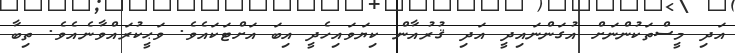
އަދި މީސްތަކުންނަށް އުގަންނައިދީ އަދި ޤުރުއާން ކިޔަވައިހެދީ އިބަ އަށްޓަކައެވެ. ވަޙީކުރައްވާނެއެވެ. ތިބާ